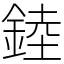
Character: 錴